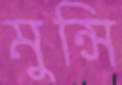
মুন্সি